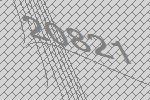
20821